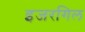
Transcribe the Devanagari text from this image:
इजरगिल